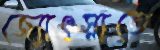
জ্যোৎস্নাতে